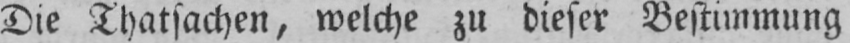
Die Thatsachen, welche zu dieser Bestimmung